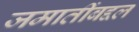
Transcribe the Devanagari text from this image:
जमातींबद्दल